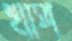
খাপ